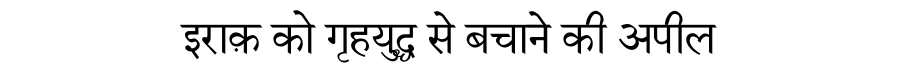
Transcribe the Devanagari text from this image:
इराक़ को गृहयुद्ध से बचाने की अपील